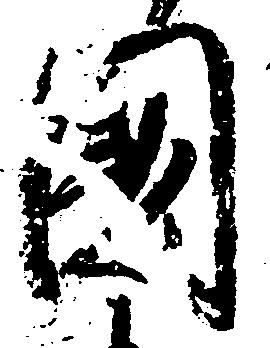
国